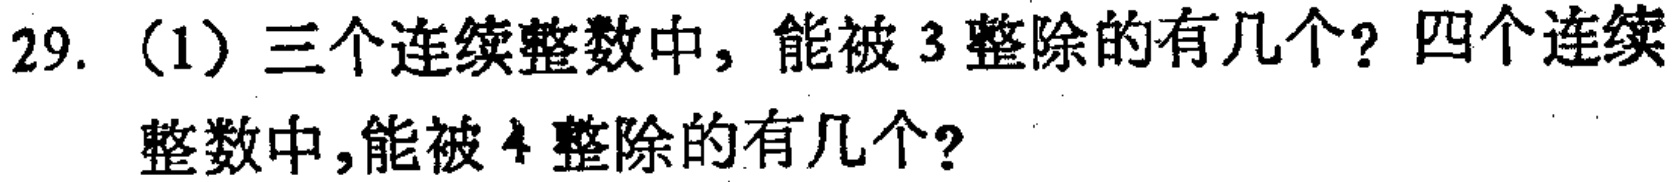
29. （1）三个连续整数中，能被 3 整除的有几个？四个连续整数中，能被 4 整除的有几个？